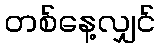
တစ်နေ့လျှင်